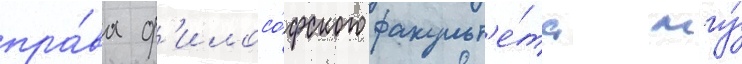
пра́ва ф'илосо́фского факульт'е́та мгу́